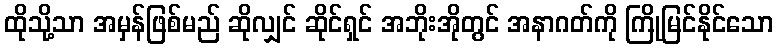
ထိုသို့သာ အမှန်ဖြစ်မည် ဆိုလျှင် ဆိုင်ရှင် အဘိုးအိုတွင် အနာဂတ်ကို ကြိုမြင်နိုင်သော